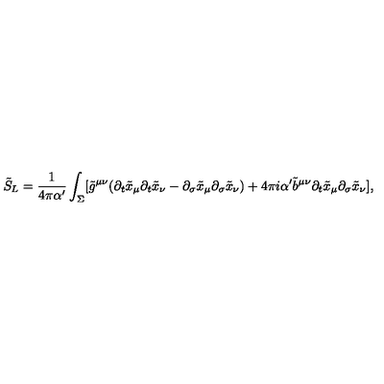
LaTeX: \tilde { S } _ { L } = \frac { 1 } { 4 \pi \alpha ^ { \prime } } \int _ { \Sigma } [ \tilde { g } ^ { \mu \nu } ( \partial _ { t } \tilde { x } _ { \mu } \partial _ { t } \tilde { x } _ { \nu } - \partial _ { \sigma } \tilde { x } _ { \mu } \partial _ { \sigma } \tilde { x } _ { \nu } ) + 4 \pi i \alpha ^ { \prime } \tilde { b } ^ { \mu \nu } \partial _ { t } \tilde { x } _ { \mu } \partial _ { \sigma } \tilde { x } _ { \nu } ] ,